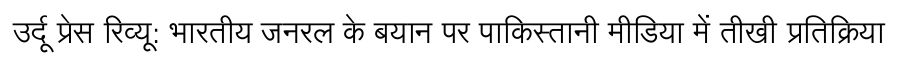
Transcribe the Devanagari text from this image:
उर्दू प्रेस रिव्यू: भारतीय जनरल के बयान पर पाकिस्तानी मीडिया में तीखी प्रतिक्रिया